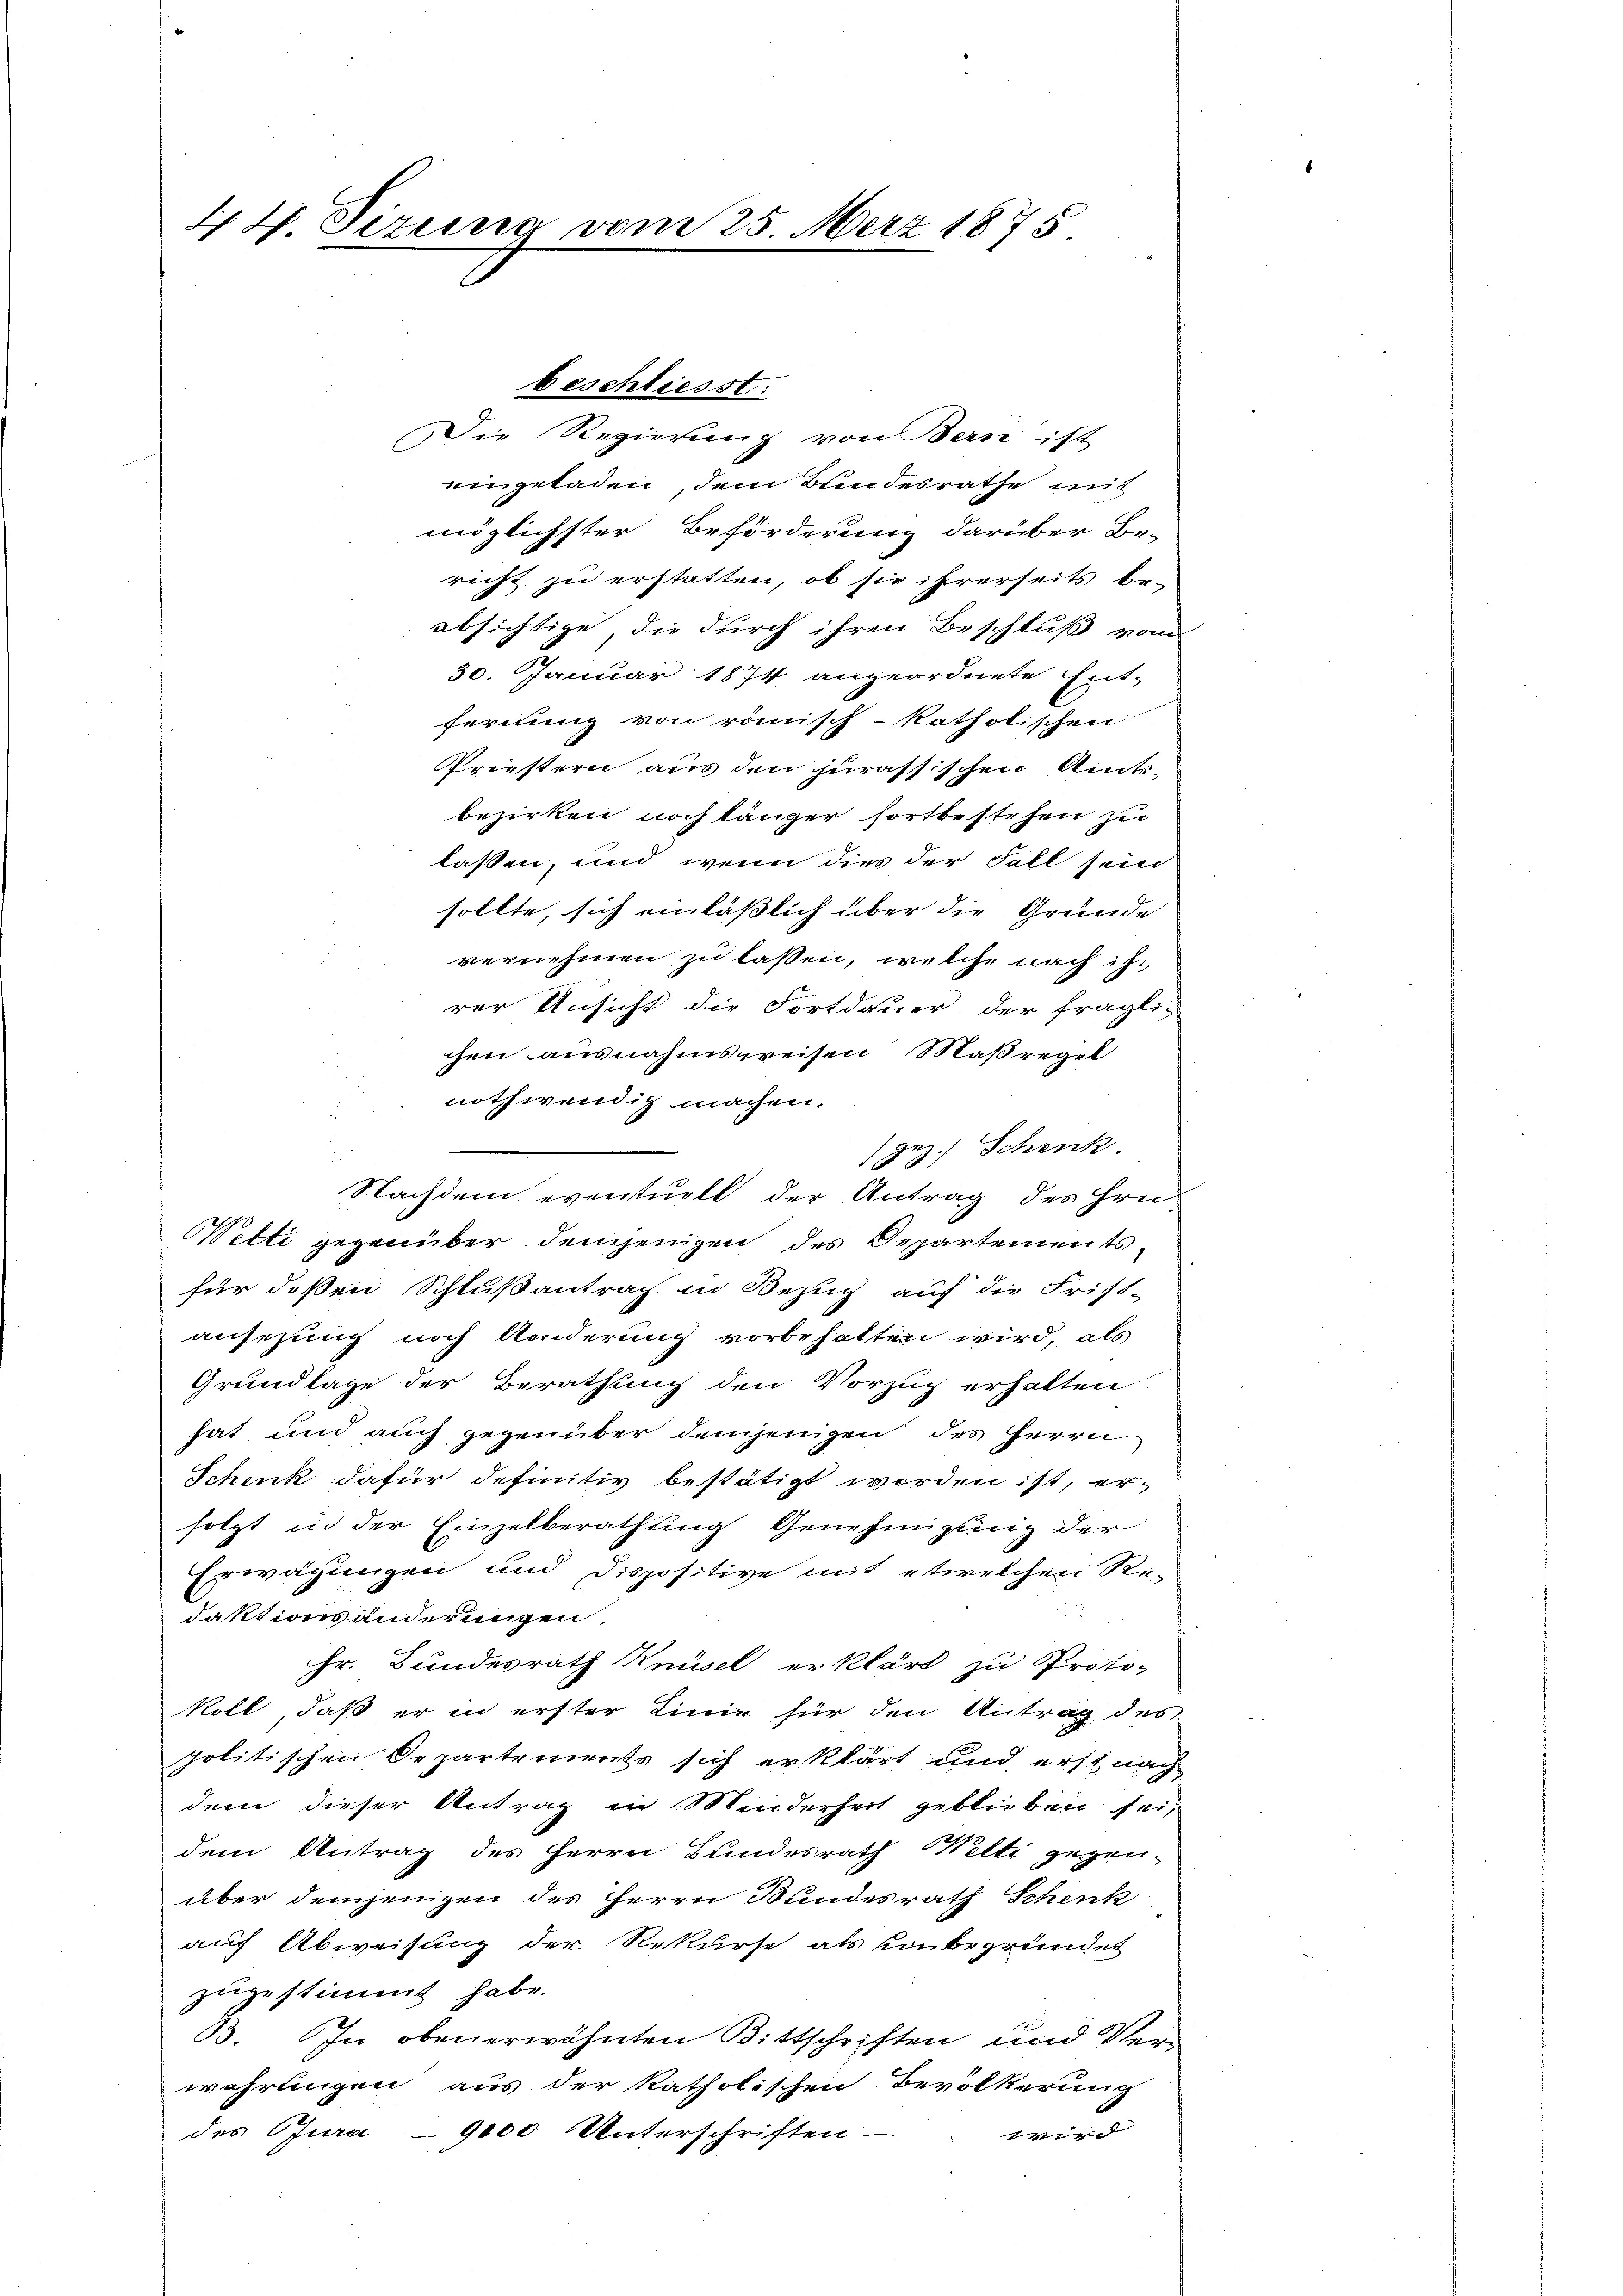
44. Sizung vom 25. März 1875

Die Regierung von Bern ist
eingeladen, dem Bundesrathe mit
möglichster Beförderung darüber Be-
richt zu erstatten, ob sie ihrerseits be-
absichtige, die durch ihren Beschluß vom
30. Januar 1874 angeordnete Ent-
fernung von römisch-katholischen
Priestern aus den jurassischen Amtsbezirken noch länger fortbestehen zu
lassen, und wenn dies der Fall sein
sollte, sich einläßlich über die Gründe
vernehmen zu lassen, welche nach ihr
rer Unsicht die Fortdauer der fragli-
chen ausnahmsweisen Maßregel
nothwendig machen.
gez. Schenk
Nachdem eventuell der Antrag des Hrn.
Wetti gegenüber demjenigen des Departementsfür deßen Schlußantrag in Bezug auf die Frist-
ansezung noch Anderung vorbehalten wird, als
Grundlage der Berathung den Vorzug erhalten
hat und auch gegenüber demjenigen des Herrn
Schenk dafür definitiv bestätigt worden ist, er-
solgt in der Einzelberathung Genehmigung der
Erwägungen und dispositive mit etwelchen Re-
daktionsänderungen
Hr. Bundesrath Knüsel erklärt zu Proto-
koll, daß er in erster Linie für den Antrag des
politischen Departements sich erklärt und erst nach
dem dieser Antrag in Minderheit geblieben sei,
dem Antrag des Herrn Bundesrath Welti gegen-
über demjenigen des Herrn Bundesrath Schenk
auf Abweisung der Rekurse als Konbegründet
zugestimmt habe.
B. In obenerwähnten Bittschriften und Ver-
wahrungen aus der katholischen Bevölkerung
des Gjura - 9000 Unterschriften.
 zeged |

beschliesst: